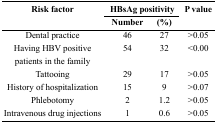
<table><thead><tr><td rowspan="3"><b>Risk factor</b></td><td colspan="2"><b>HBsAg positivity</b></td><td rowspan="3"><b>p value</b></td></tr><tr><td><b>Number</b></td><td><b>(%)</b></td></tr></thead><tbody><tr><td>Dental practice</td><td>46</td><td>27</td><td>&gt;0.05</td></tr><tr><td>Having HBV positive patients in the family</td><td>54</td><td>32</td><td>&lt;0.00</td></tr><tr><td>Tattooing</td><td>29</td><td>17</td><td>&gt;0.05</td></tr><tr><td>History of hospitalization</td><td>15</td><td>9</td><td>&gt;0.07</td></tr><tr><td>Phlebotomy</td><td>2</td><td>1.2</td><td>&gt;0.05</td></tr><tr><td>Intravenous drug injections</td><td>1</td><td>0.6</td><td>&gt;0.05</td></tr></tbody></table>